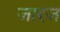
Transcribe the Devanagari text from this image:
जारज